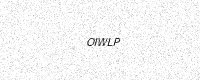
Text: OIWLP